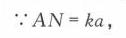
\(\because AN = ka\)，